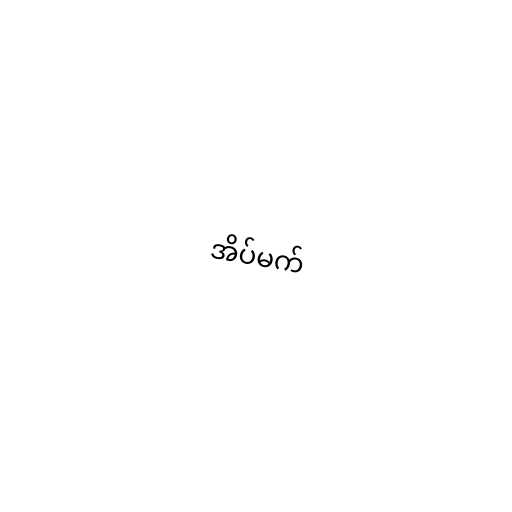
အိပ်မက်